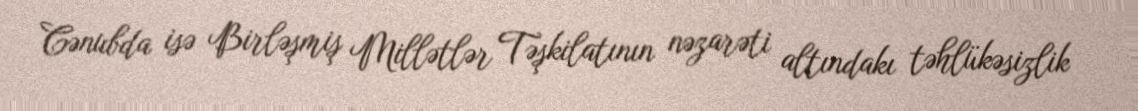
Cənubda isə Birləşmiş Millətlər Təşkilatının nəzarəti altındakı təhlükəsizlik